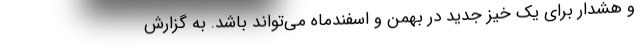
و هشدار برای یک خیز جدید در بهمن و اسفندماه می‌تواند باشد. به گزارش